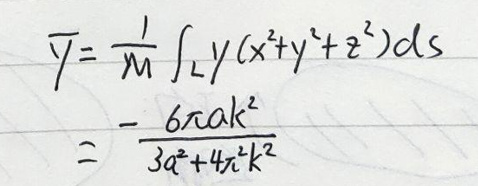
\[
\overline{y}=\frac{1}{M}\int_{L}y(x^{2}+y^{2}+z^{2})ds=\frac{6\pi a k^{2}}{3a^{2}+4\pi^{2}k^{2}}
\]